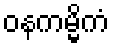
ဝနကမ္မိကံ